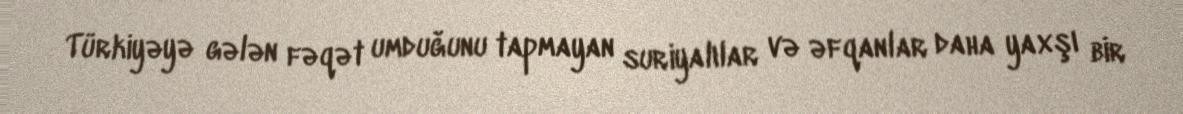
Türkiyəyə gələn fəqət umduğunu tapmayan suriyalılar və əfqanlar daha yaxşı bir